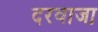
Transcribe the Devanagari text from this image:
दरवाजा़